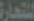
للتجارة